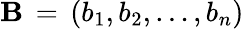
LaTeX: \mathbf{B}\, =\, (b_{1},b_{2},\dots,b_{n})